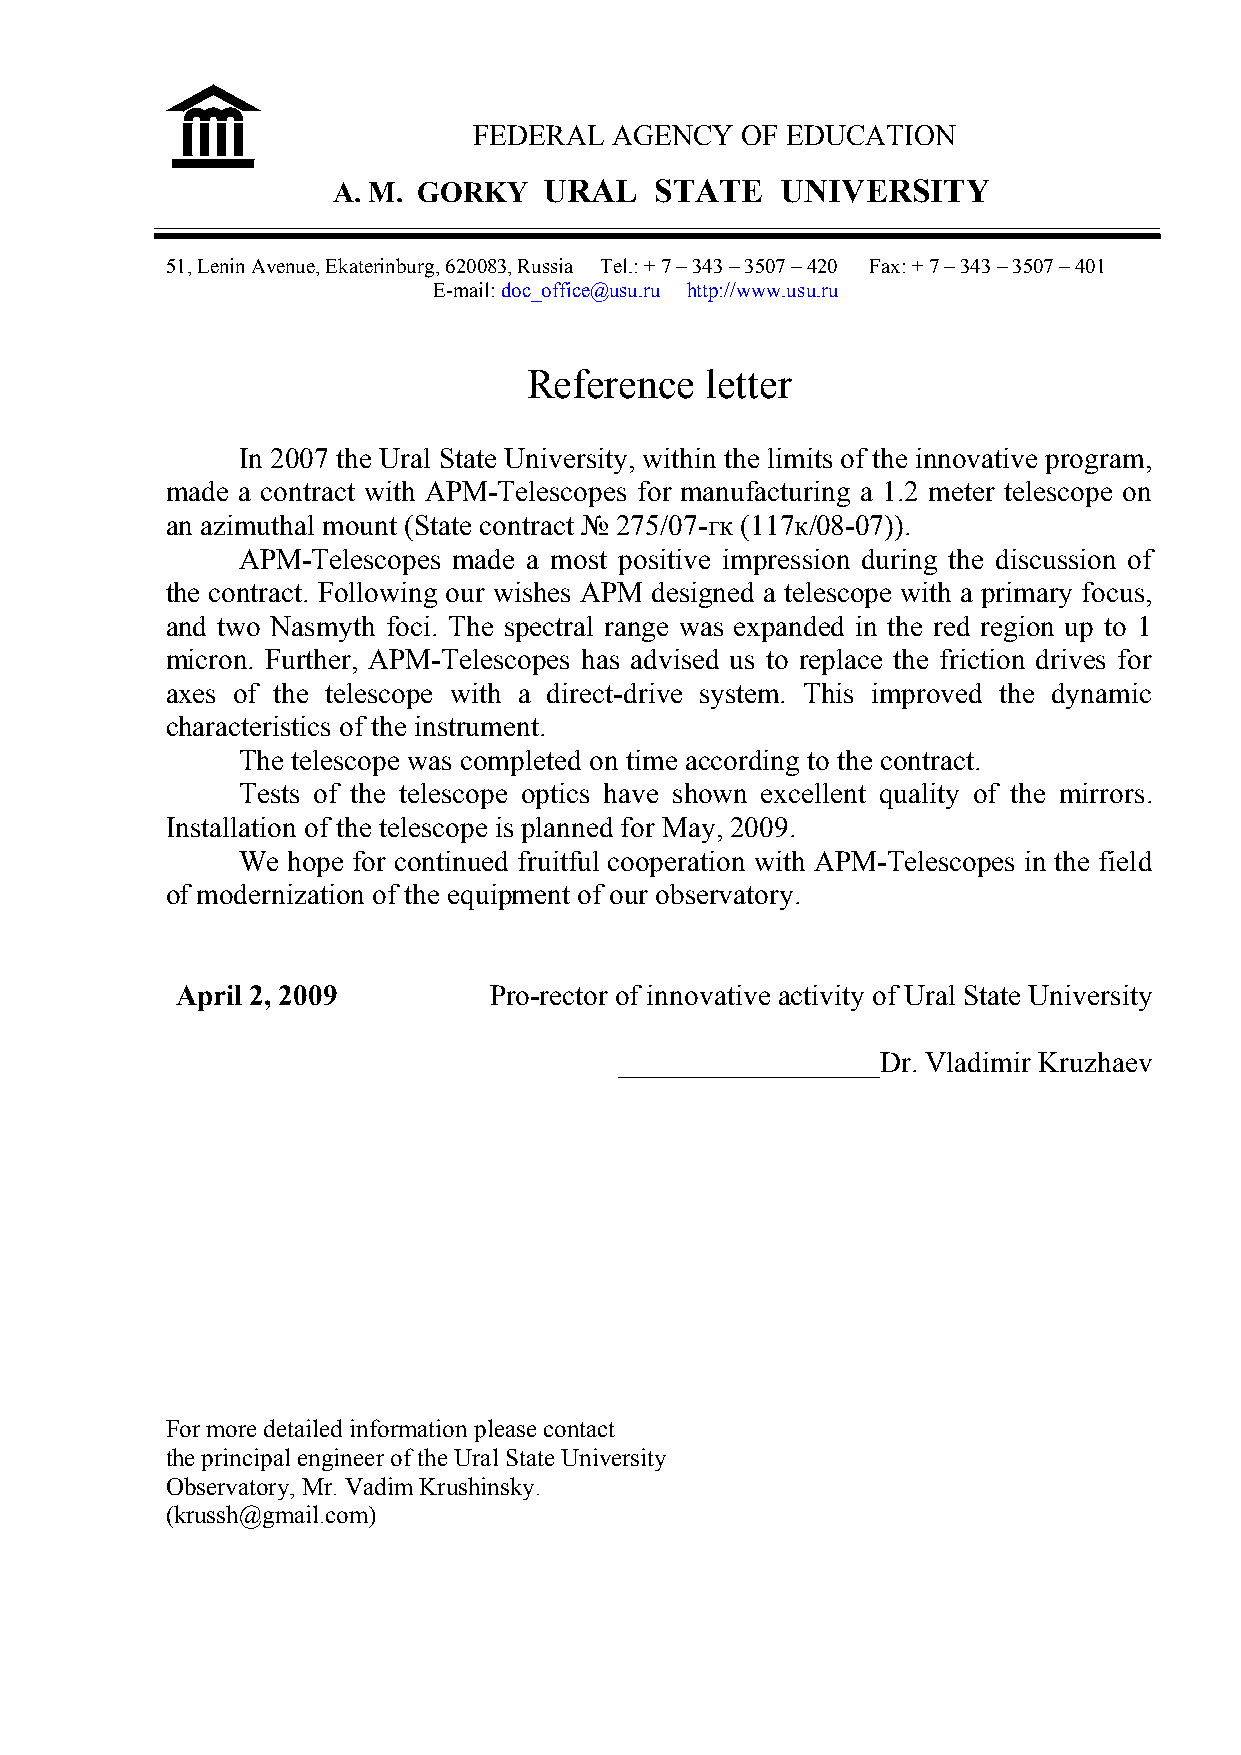
FEDERAL   AGENCY  OF EDUCATION
 A. M. GORKY   URAL   STATE    UNIVERSITY
 51, Lenin Avenue, Ekaterinburg, 620083, Russia Tel.: + 7 – 343 – 3507 – 420 Fax: + 7 – 343 – 3507 – 401
 E-mail: doc_office@usu.ru http://www.usu.ru
 Reference   letter
 In 2007 the Ural State University, within the limits of the innovative program,
 made a contract with APM-Telescopes for manufacturing a 1.2 meter telescope on
 an azimuthal mount (State contract № 275/07-гк (117к/08-07)).
 APM-Telescopes made a most positive impression during the discussion of
 the contract. Following our wishes APM designed a telescope with a primary focus,
 and two Nasmyth foci. The spectral range was expanded in the red region up to 1
 micron. Further, APM-Telescopes has advised us to replace the friction drives for
 axes of the telescope with a direct-drive system. This improved the dynamic
 characteristics of the instrument.
 The telescope was completed on time according to the contract.
 Tests of the telescope optics have shown excellent quality of the mirrors.
 Installation of the telescope is planned for May, 2009.
 We hope for continued fruitful cooperation with APM-Telescopes in the field
 of modernization of the equipment of our observatory.
 April 2, 2009       Pro-rector of innovative activity of Ural State University
 __________________Dr. Vladimir Kruzhaev
 For more detailed information please contact
 the principal engineer of the Ural State University
 Observatory, Mr. Vadim Krushinsky.
 (krussh@gmail.com)